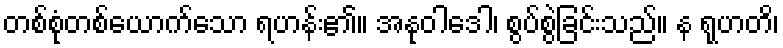
တစ်စုံတစ်ယောက်သော ရဟန်း၏။ အနုဝါဒေါ၊ စွပ်စွဲခြင်းသည်။ န ရုဟတိ၊